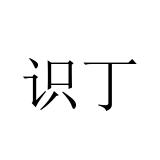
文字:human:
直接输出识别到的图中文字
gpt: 识丁